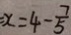
x = 4 - \frac { 7 } { 5 }